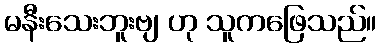
မနီးသေးဘူးဗျ ဟု သူကဖြေသည်။